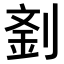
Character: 𠞑